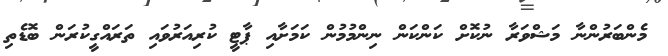
މެންބަރުންނާ މަޝްވަރާ ނުކޮށް ކަންކަން ނިންމުމުން ކަމަށާއި ޕާޓީ ކުރިއަރުވައި ތަރައްގީކުރަން ބޮޑެތި